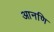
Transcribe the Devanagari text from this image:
आनणि